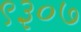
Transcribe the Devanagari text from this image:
९३०७